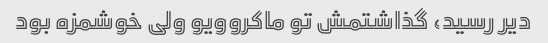
دیر رسید، گذاشتمش تو ماکروویو ولی خوشمزه بود